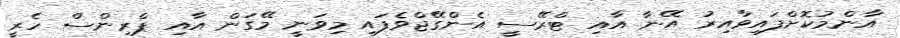
އާންމުކޮށްފައިވާއިރު އޭނާ އާއި ޓްރޭސީ އެންގޭޖްވެފައި މިވަނީ މޭގަން އާއި ޕްރިންސް ހެރީ